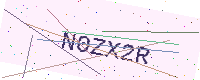
Text: N0ZX2R